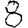
Digit: 8